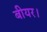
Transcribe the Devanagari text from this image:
बीयर।